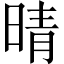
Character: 晴